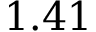
1 . 4 1